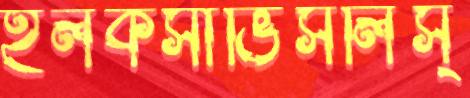
হলকসাভিসলিস্